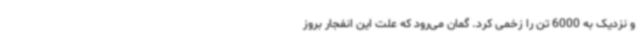
و نزدیک به 6000 تن را زخمی کرد. گمان می‌رود که علت این انفجار بروز